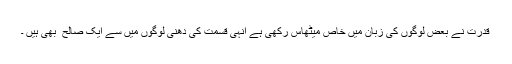
قدرت نے بعض لوگوں کی زبان میں خاص میٹھاس رکھی ہے انہی قسمت کی دھنی لوگوں میں سے ایک صالح ؔ بھی ہیں ۔